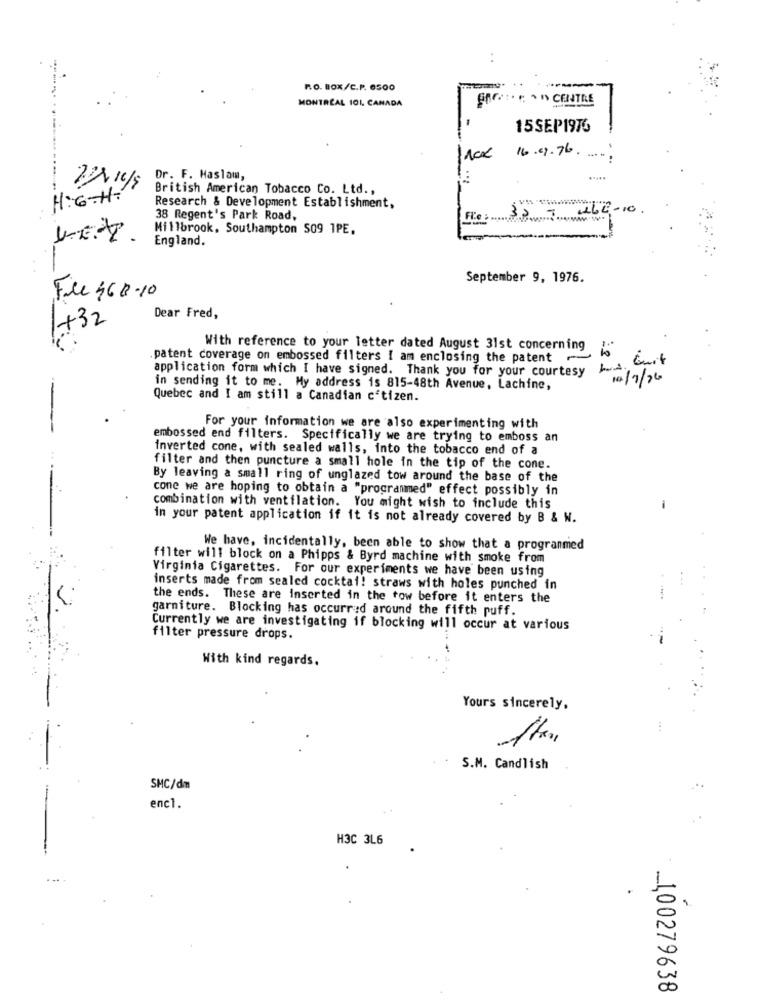
R.O. BOX/C.P. 6500
MONTRÉAL 101, CANADA
BAGS ·· · CENTRE
15SEP1976
16.01.76.
Dr. F. Haslam,
British American Tobacco Co. Ltd .,
H:G-H:
Research & Development Establishment,
ALE-10
38 Regent's Park Road,
Fl'e : ....................
Millbrook, Southampton S09 1PE.
England.
September 9, 1976.
File 468-10
+32
Dear Fred,
With reference to your letter dated August 31st concerning i
patent coverage on embossed filters I am enclosing the patent
Quit
application form which I have signed. Thank you for your courtesy bed.
14/7/26
in sending it to me. My address is 815-48th Avenue, Lachine,
Quebec and I am still a Canadian c'tizen.
For your information we are also experimenting with
embossed end filters. Specifically we are trying to emboss an
inverted cone, with sealed walls, into the tobacco end of a
filter and then puncture a small hole in the tip of the cone.
By leaving a small ring of unglazed tow around the base of the
cone we are hoping to obtain a "programmed" effect possibly in
combination with ventilation. You might wish to include this
-
in your patent application if it is not already covered by B & W.
We have, incidentally, been able to show that a progranmed
filter will block on a Phipps & Byrd machine with smoke from
Virginia Cigarettes. For our experiments we have been using
inserts made from sealed cocktai! straws with holes punched in
the ends. These are inserted in the tow before it enters the
garniture. Blocking has occurred around the fifth puff.
Currently we are investigating if blocking will occur at various
filter pressure drops.
With kind regards.
Yours sincerely.
S.M. Candlish
SMC/dm
enc1.
H3C 3L6
_100279638